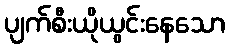
ပျက်စီးယိုယွင်းနေသော